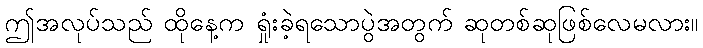
ဤအလုပ်သည် ထိုနေ့က ရှုံးခဲ့ရသောပွဲအတွက် ဆုတစ်ဆုဖြစ်လေမလား။